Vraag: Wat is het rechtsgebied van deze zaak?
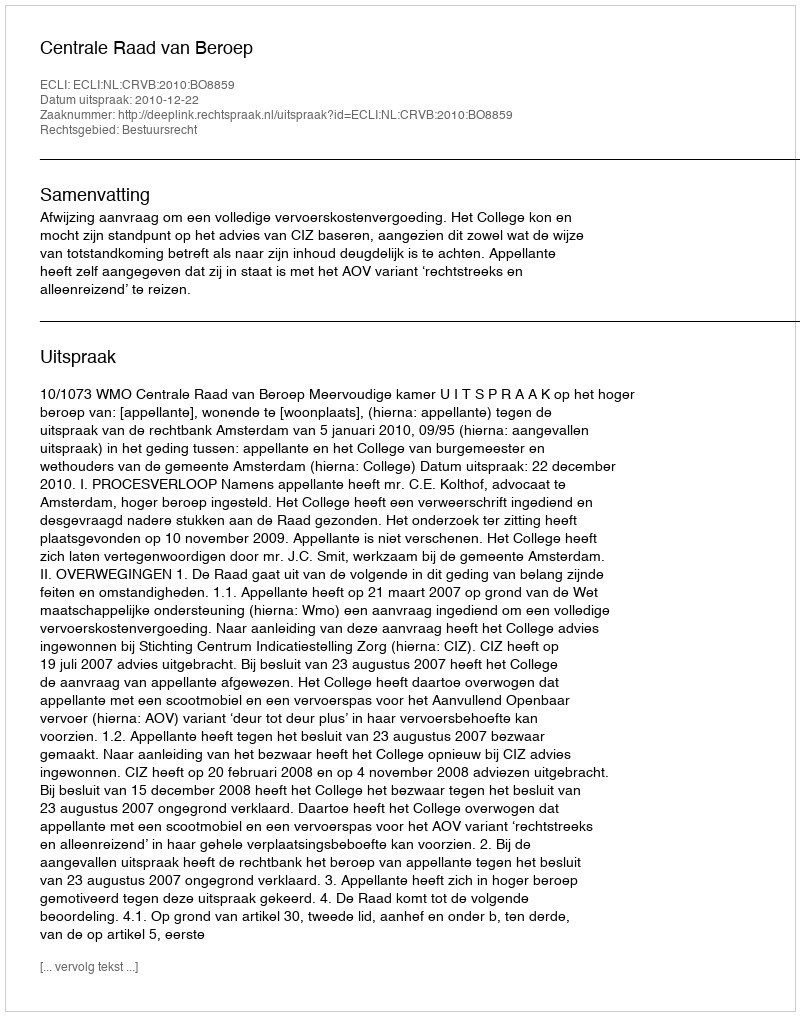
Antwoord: Bestuursrecht